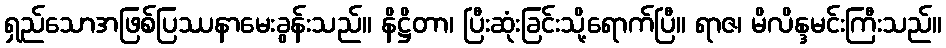
ရှည်သောအဖြစ်ပြဿနာမေးခွန်းသည်။ နိဋ္ဌိတာ၊ ပြီးဆုံးခြင်းသို့ရောက်ပြီ။ ရာဇ၊ မိလိန္ဒမင်းကြီးသည်။